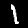
Label: 1